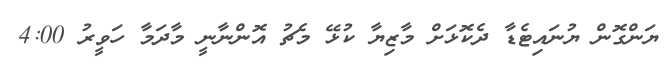
ޔަންގޮން ޔުނައިޓެޑާ ދެކޮޅަށް މާޒިޔާ ކުޅޭ މެޗު އޮންނާނީ މާދަމާ ހަވީރު 4:00